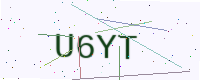
Text: U6YT